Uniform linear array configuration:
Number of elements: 24
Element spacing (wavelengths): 0.25
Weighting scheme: exponential
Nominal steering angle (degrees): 45
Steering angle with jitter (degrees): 43.339
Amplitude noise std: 0.05
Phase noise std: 0.05

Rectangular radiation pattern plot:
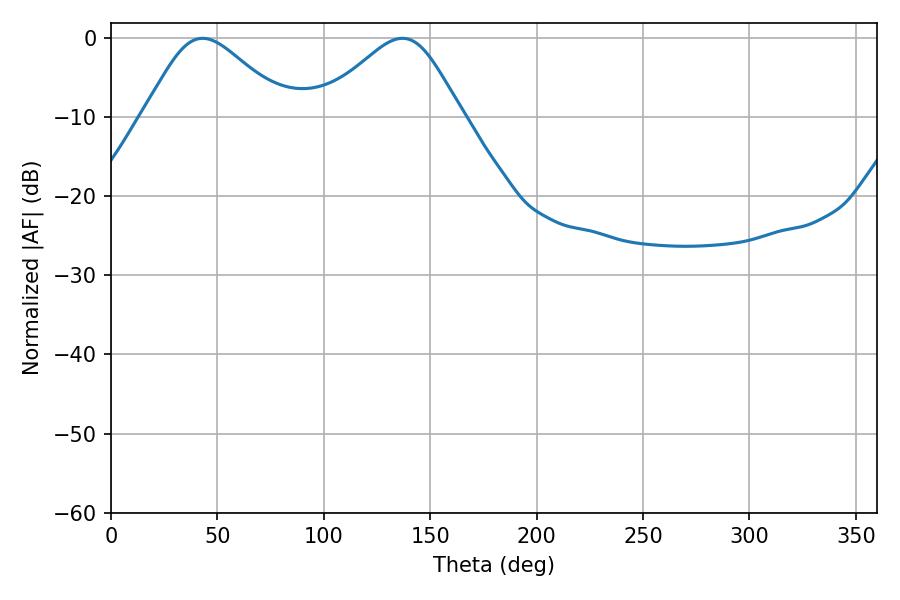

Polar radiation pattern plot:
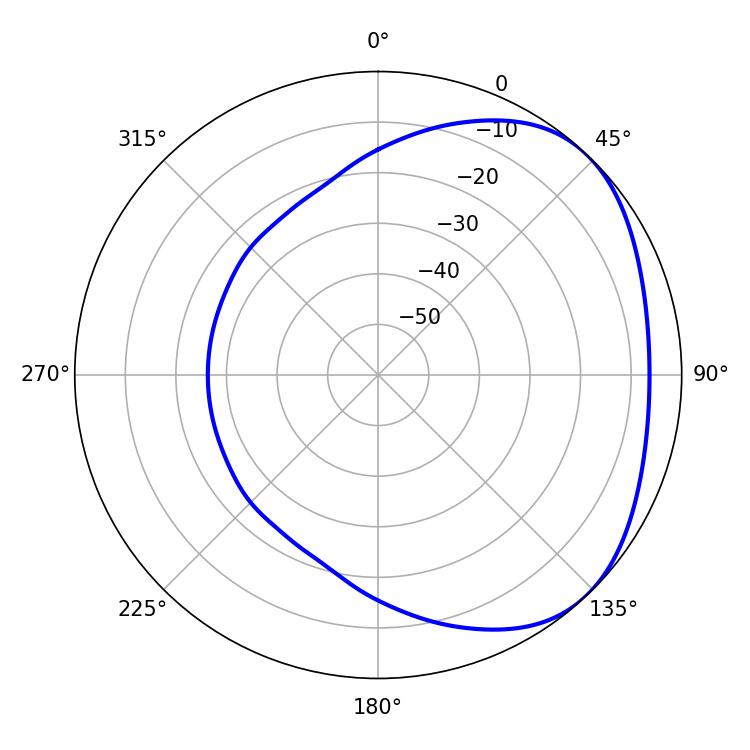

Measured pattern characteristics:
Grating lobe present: FALSE
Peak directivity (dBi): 3.066
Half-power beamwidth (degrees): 33.48
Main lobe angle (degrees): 43.02